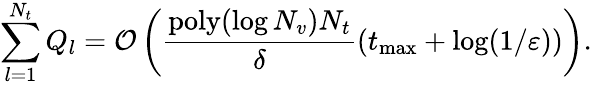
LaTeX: \sum_{l=1}^{N_{t}}Q_{l}=\mathcal{O}\left(\frac{\mathrm{poly}(\log N_{v})N_{t}}{\delta}\left(t_{\operatorname*{max}}+\log(1/\varepsilon)\right)\right).